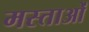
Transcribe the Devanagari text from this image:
मस्ताओं